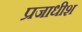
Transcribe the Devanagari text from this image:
प्रजाधीश